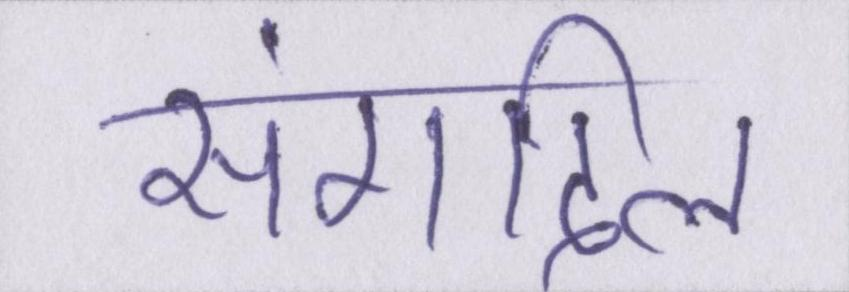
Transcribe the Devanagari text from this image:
संगदिल